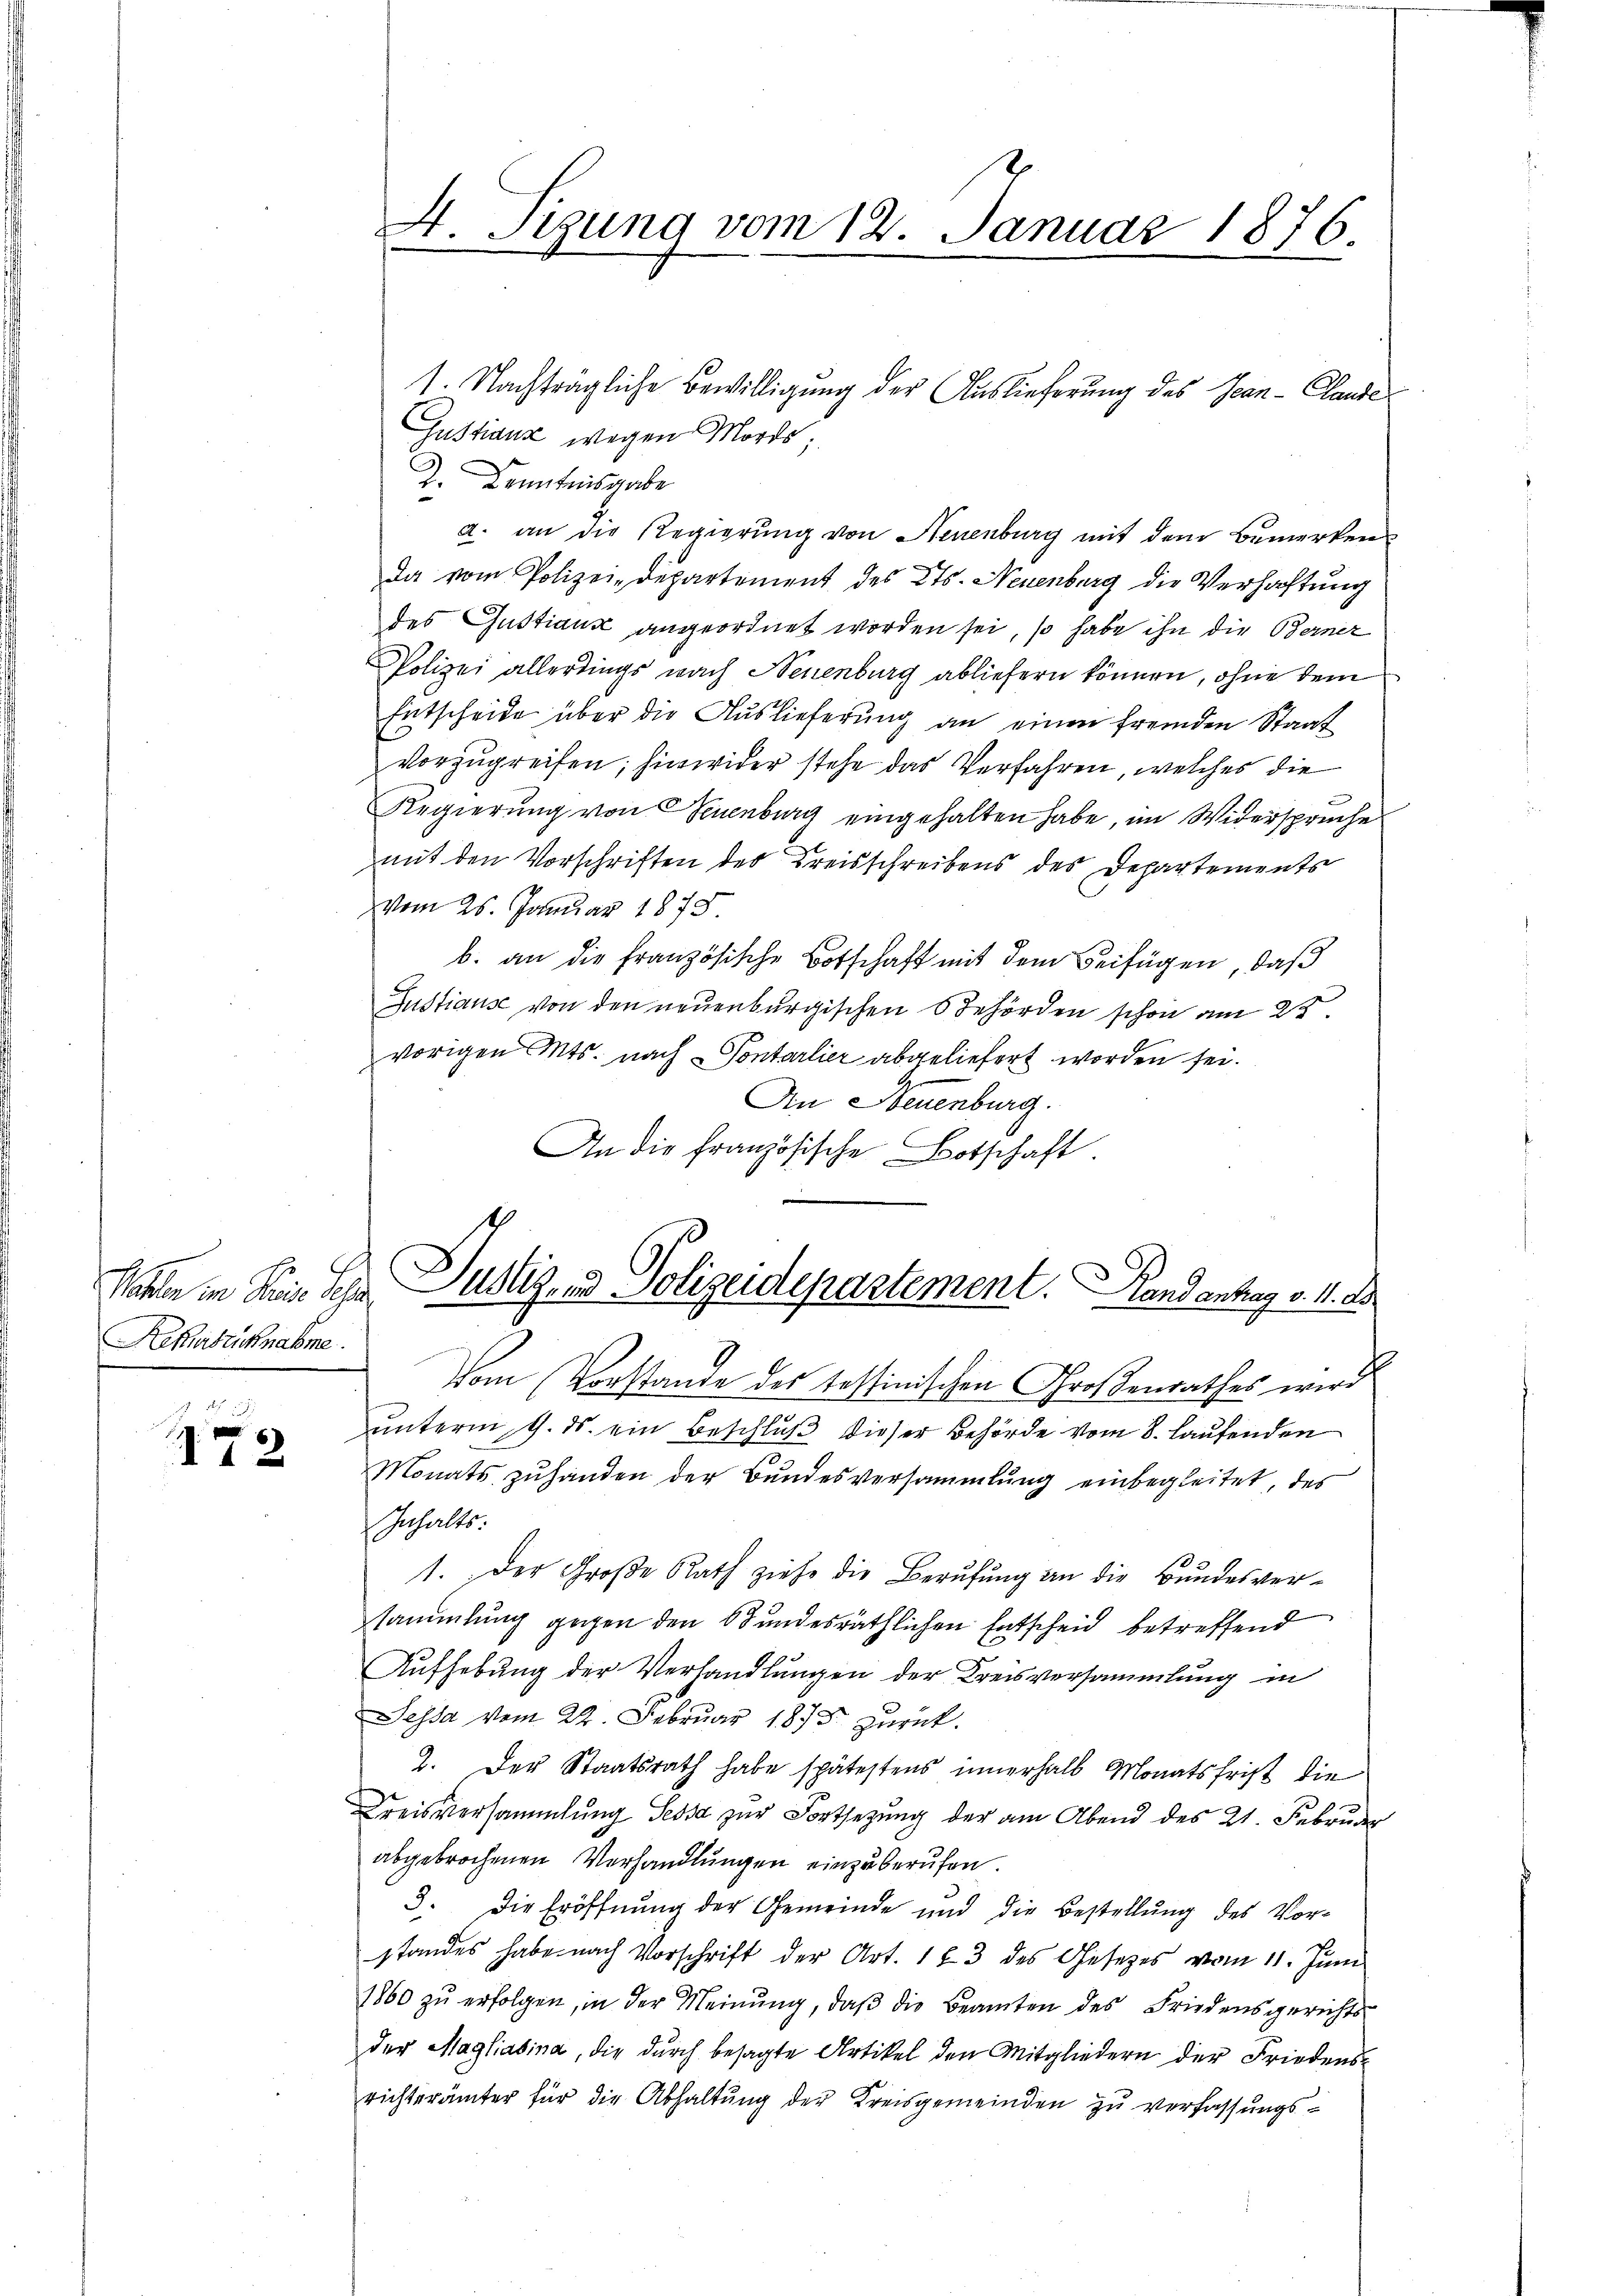
Paten in Bern sehr
Rekabücknahme.

172

A. Sigung vom 12. Januar 1876

Gustanz wegen Mords;
J. Kenntnisgabe
a. an die Regierung von Neuenburg mit dem Bemerken
Da vom Polizei-Departement des Cts. Neuenburg die Verhaftung
des Gustiaus angeordnet worden sei, so habe ihn die Berner
Polizei allerdings nach Neuenburg abliefern können, ohne dem
Entscheide über die Auslieferung an einen fremden Staat
vorzugreifen; hierwider stehe das Verfahren, welches die
e
Regierung von Neuenburg eingehalten habe, im Widersprüche
mit den Vorschriften der Kreisschreibens des Departements
vom 26. Januar 1873
b. an die französische Botschaft mit dem Beifügen, daß
Justiause von den neuenburgischen Behörden schon am 23.
vorigen Mts. nach Pontarlier abgeliefert worden sei.
An Neuenburg.
An die französische Botschaft.
s
Justiz- und Polizeidepartement. andantrag v. 11. De
Vom Vorstande des Tessinischen Großenrathes wird
unterm 9. ds. ein Beschluß dieser Behörde vom 8. laufenden
Monats zuhanden der Bundesversammlung einbegleitet, des
Inhalts:
1. Der Große Rath ziehe die Berufung an die Bundesversammlung gegen den Stundesräthlichen Entscheid betreffend
Aufhebung der Verhandlungen der Kreisversammlung in
Sessa vom 22. Februar 1873 zurück.
1. Der Staatsrath habe spätestens innerhalb Monatsfrist die
Kreisversammlung Sessa zur Fortsetzung der am Abend des 21. Februder
abgebrochenen Verhandlungen einzuberufen.
3. Die Eröffnung der Gemeinde und die Bestellung des Vorstandes habe nach Vorschrift der Art. 183 des Gesetzes vom 11. Juni
1860 zŭ erfolgen, in der Meinŭng, daβ die Beamten des Friedensgerichts
der Magliabina, die durch besagte Artikel den Mitgliedern der Friedensrichterämter für die Abhaltung der Kreisgemeinden zu verfassungs¬

1. Nachträgliche Bewilligung der Auslieferung des can-Claude